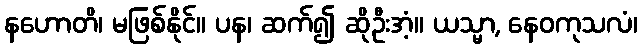
နဟောတိ၊ မဖြစ်နိုင်။ ပန၊ ဆက်၍ ဆိုဦးအံ့။ ယသ္မာ, နေဝကုသလံ၊